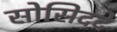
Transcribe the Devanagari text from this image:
सोसिददे